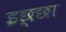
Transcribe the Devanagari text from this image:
इछ्छा